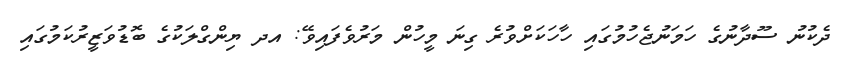
ދެކުނު ސޫދާނުގެ ހަމަނުޖެހުމުގައި ހާހަކަށްވުރެ ގިނަ މީހުން މަރުވެފައިވޭ: އދ ޔިންގްލަކުގެ ބޮޑުވަޒީރުކަމުގައި